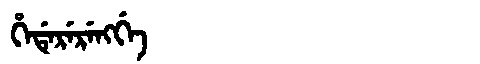
Manchu: ᡥᡝᡩᡝᡵᡝᡵᡝᠩᡤᡝ
Romanization: HEDERERENGGE